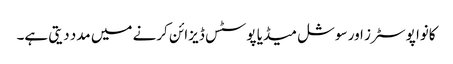
کانوا پوسٹرز اور سوشل میڈیا پوسٹس ڈیزائن کرنے میں مدد دیتی ہے۔